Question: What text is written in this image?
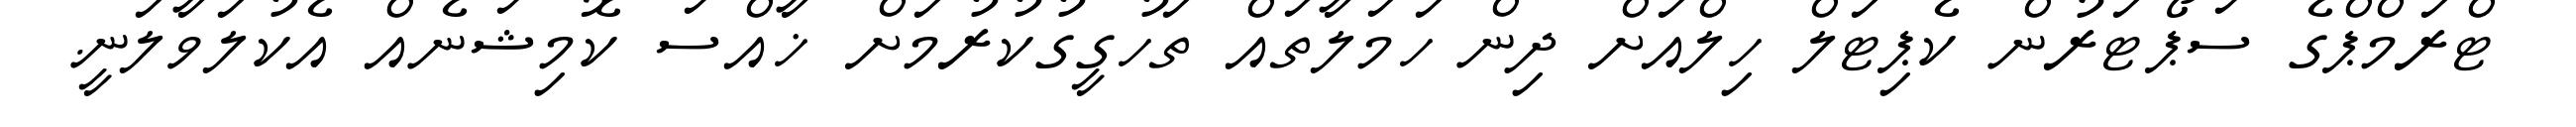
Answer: ޓްރަމްޕްގެ ސަޕޯޓަރުން ކެޕިޓަލް ހިލްއަށް ދިން ހަމަލާތައް ތަހުގީގުކުރުމަށް ޚާއްސަ ކޮމިޝަނެއް އެކުލަވާލަނީ.